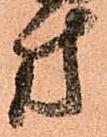
方